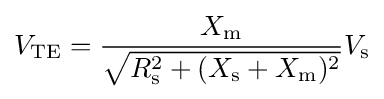
V_{\text{TE}}={\frac {X_{\text{m}}}{\sqrt {R_{\text{s}}^{2}+(X_{\text{s}}+X_{\text{m}})^{2}}}}V_{\text{s}}